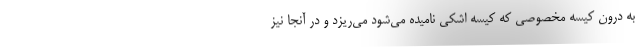
به درون کیسه مخصوصی که کیسه اشکی نامیده می‌شود می‌ریزد و در آنجا نیز